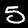
Label: 5